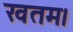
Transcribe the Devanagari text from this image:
खतम।